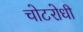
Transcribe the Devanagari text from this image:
चोटरोधी